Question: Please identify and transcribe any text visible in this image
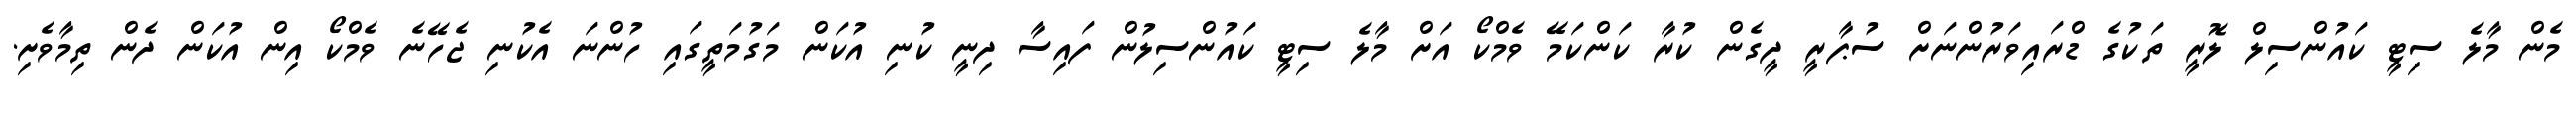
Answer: މެން މާލެ ސިޓީ ކައުންސިލް ލޮރީ ތަކުގެ ޑްރައިވަރުންނަށް ސުޕާރީ ދީގެން ކުރާ ކަންކަމޭ ވެމްކޯ އަށް މާލެ ސިޓީ ކައުންސިލުން ފައިސާ ދިނީ ކުނި އުކަން މަގުމަތީގައި ހުންނަ އެކުނި ޖެހޭނެ ވެމްކޯ އިން އުކަން ދެން ތިމާވެށި.